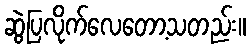
ဆွဲပြလိုက်လေတော့သတည်း။